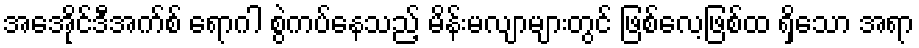
အေအိုင်ဒီအက်စ် ရောဂါ စွဲကပ်နေသည့် မိန်းမလျာများတွင် ဖြစ်လေ့ဖြစ်ထ ရှိသော အရာ